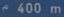
^400\mathrm{~m